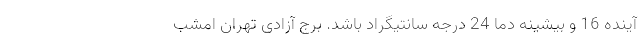
آینده 16 و بیشینه دما 24 درجه سانتیگراد باشد. برج آزادی تهران امشب